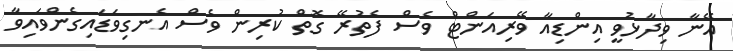
އޭނާ ވިދާޅުވީ އިންޑިއާ ވޭރިއަންޓް ވެސް ފެތުރޭ ގޮތް ކުރިން ވެސް އެނގިވަޑައިގެންވައިވާ